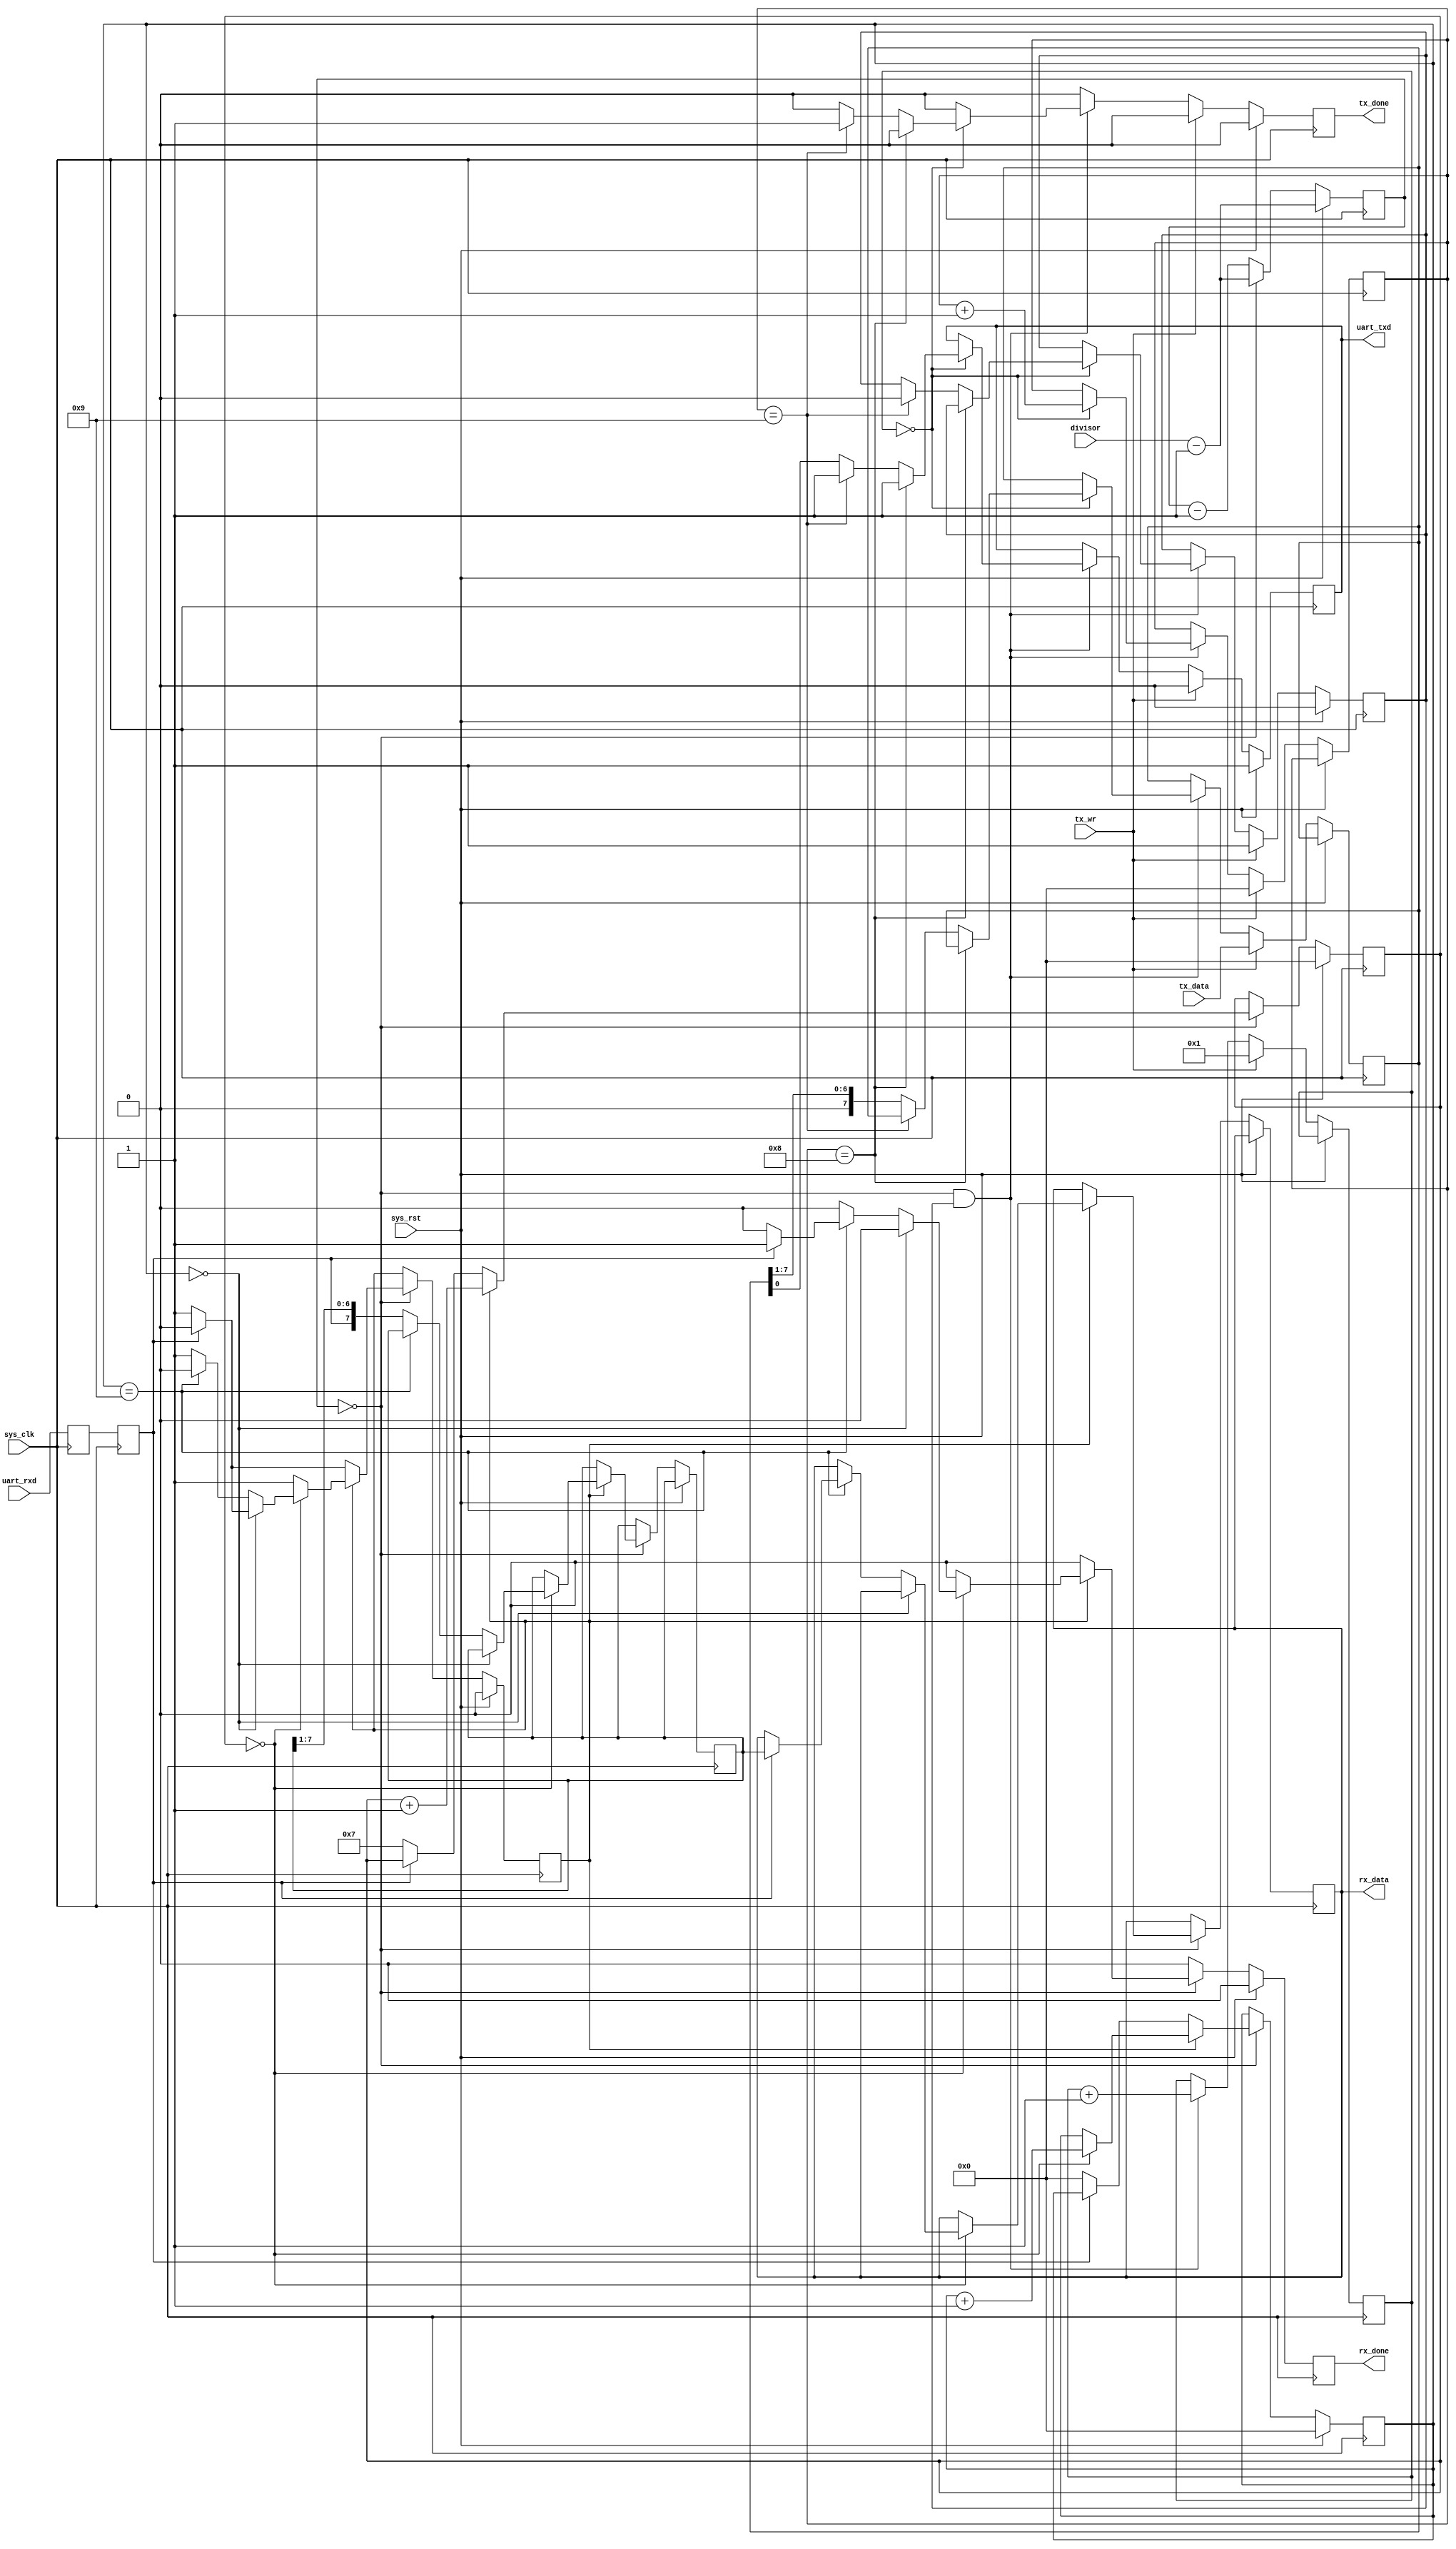
/*
 * Milkymist VJ SoC
 * Copyright (C) 2007, 2008, 2009 Sebastien Bourdeauducq
 * Copyright (C) 2007 Das Labor
 *
 * This program is free software: you can redistribute it and/or modify
 * it under the terms of the GNU General Public License as published by
 * the Free Software Foundation, version 3 of the License.
 *
 * This program is distributed in the hope that it will be useful,
 * but WITHOUT ANY WARRANTY; without even the implied warranty of
 * MERCHANTABILITY or FITNESS FOR A PARTICULAR PURPOSE.  See the
 * GNU General Public License for more details.
 *
 * You should have received a copy of the GNU General Public License
 * along with this program.  If not, see <http://www.gnu.org/licenses/>.
 */

module uart_transceiver(
	input sys_rst,
	input sys_clk,

	input uart_rxd,
	output reg uart_txd,

	input [15:0] divisor,

	output reg [7:0] rx_data,
	output reg rx_done,

	input [7:0] tx_data,
	input tx_wr,
	output reg tx_done
);

//-----------------------------------------------------------------
// enable16 generator
//-----------------------------------------------------------------
reg [15:0] enable16_counter;

wire enable16;
assign enable16 = (enable16_counter == 16'd0);

always @(posedge sys_clk) begin
	if(sys_rst)
		enable16_counter <= divisor - 16'b1;
	else begin
		enable16_counter <= enable16_counter - 16'd1;
		if(enable16)
			enable16_counter <= divisor - 16'b1;
	end
end

//-----------------------------------------------------------------
// Synchronize uart_rxd
//-----------------------------------------------------------------
reg uart_rxd1;
reg uart_rxd2;

always @(posedge sys_clk) begin
	uart_rxd1 <= uart_rxd;
	uart_rxd2 <= uart_rxd1;
end

//-----------------------------------------------------------------
// UART RX Logic
//-----------------------------------------------------------------
reg rx_busy;
reg [3:0] rx_count16;
reg [3:0] rx_bitcount;
reg [7:0] rxd_reg;

always @(posedge sys_clk) begin
	if(sys_rst) begin
		rx_done <= 1'b0;
		rx_busy <= 1'b0;
		rx_count16  <= 4'd0;
		rx_bitcount <= 4'd0;
	end else begin
		rx_done <= 1'b0;

		if(enable16) begin
			if(~rx_busy) begin // look for start bit
				if(~uart_rxd2) begin // start bit found
					rx_busy <= 1'b1;
					rx_count16 <= 4'd7;
					rx_bitcount <= 4'd0;
				end
			end else begin
				rx_count16 <= rx_count16 + 4'd1;

				if(rx_count16 == 4'd0) begin // sample
					rx_bitcount <= rx_bitcount + 4'd1;

					if(rx_bitcount == 4'd0) begin // verify startbit
						if(uart_rxd2)
							rx_busy <= 1'b0;
					end else if(rx_bitcount == 4'd9) begin
						rx_busy <= 1'b0;
						if(uart_rxd2) begin // stop bit ok
							rx_data <= rxd_reg;
							rx_done <= 1'b1;
						end // ignore RX error
					end else
						rxd_reg <= {uart_rxd2, rxd_reg[7:1]};
				end
			end
		end
	end
end

//-----------------------------------------------------------------
// UART TX Logic
//-----------------------------------------------------------------
reg tx_busy;
reg [3:0] tx_bitcount;
reg [3:0] tx_count16;
reg [7:0] txd_reg;

always @(posedge sys_clk) begin
	if(sys_rst) begin
		tx_done <= 1'b0;
		tx_busy <= 1'b0;
		uart_txd <= 1'b1;
	end else begin
		tx_done <= 1'b0;
		if(tx_wr) begin
			txd_reg <= tx_data;
			tx_bitcount <= 4'd0;
			tx_count16 <= 4'd1;
			tx_busy <= 1'b1;
			uart_txd <= 1'b0;
`ifdef SIMULATION
			$display("UART:%c", tx_data);
`endif
		end else if(enable16 && tx_busy) begin
			tx_count16  <= tx_count16 + 4'd1;

			if(tx_count16 == 4'd0) begin
				tx_bitcount <= tx_bitcount + 4'd1;
				
				if(tx_bitcount == 4'd8) begin
					uart_txd <= 1'b1;
				end else if(tx_bitcount == 4'd9) begin
					uart_txd <= 1'b1;
					tx_busy <= 1'b0;
					tx_done <= 1'b1;
				end else begin
					uart_txd <= txd_reg[0];
					txd_reg  <= {1'b0, txd_reg[7:1]};
				end
			end
		end
	end
end

endmodule